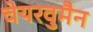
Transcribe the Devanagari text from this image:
चेयरवुमैन